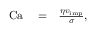
\begin{array} { r l r } { \mathrm { C a } } & { { } = } & { \frac { \eta v _ { \mathrm { i m p } } } { \sigma } , } \end{array}